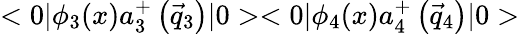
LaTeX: <0|{\phi}_{3}(x)a_{3}^{+}\left(\vec{q}_{3}\right)|0><0|{\phi}_{4}(x)a_{4}^{+}\left(\vec{q}_{4}\right)|0>